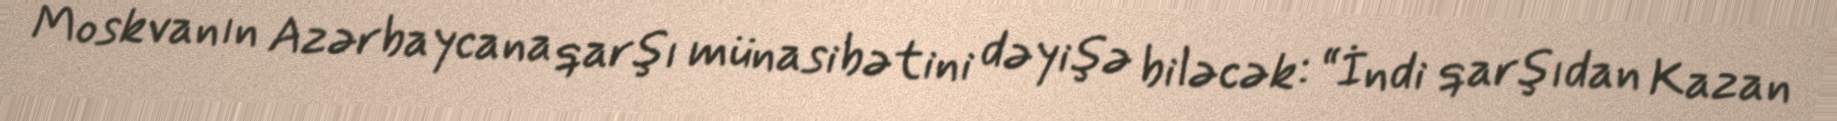
Moskvanın Azərbaycana qarşı münasibətini dəyişə biləcək: “İndi qarşıdan Kazan